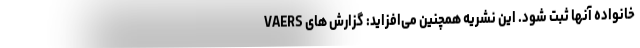
خانواده آنها ثبت شود. این نشریه همچنین می‌افزاید: گزارش های VAERS